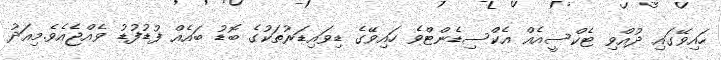
ހައިވޭގައި ދުއްވި ޓެކްސީއެއް އެކްސިޑެންޓްވެ ހައިވޭގެ ޑިވައިޑަރުތަކުގެ ބޮޑު ބައެއް ފުޑުފުޑު ވެއްޖެއެވެ.މިއަދު